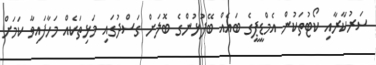
ސަރުކާރާއި ކޯޓުތަކުން އެމްޑީޕީގެ ބައެއް ބޭފުޅުންގެ ބޮލަށް ގަސްދުގައި މަޅިތަކެއް މަހާފައިވާ ކަމަށް